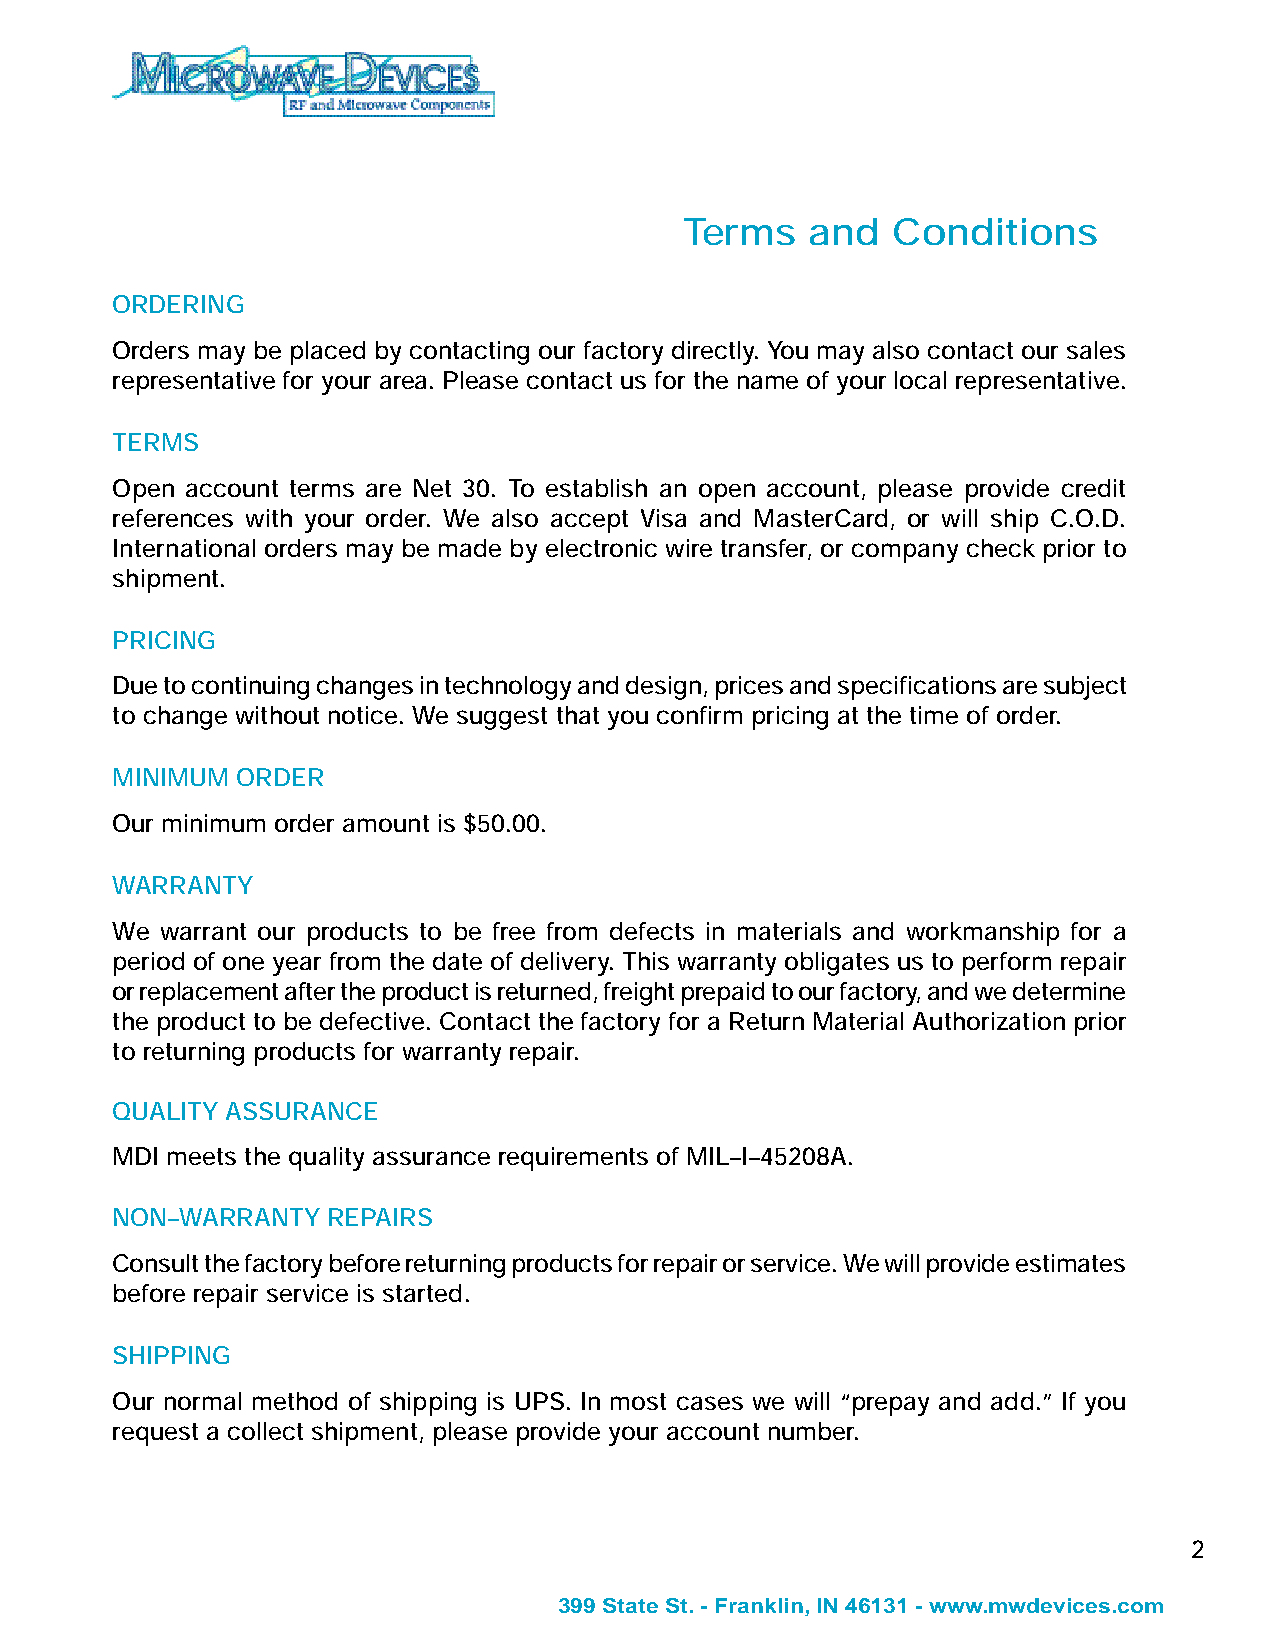
Terms    and  Conditions
 ORDERING
 Orders may be placed by contacting our factory directly. You may also contact our sales
 representative for your area. Please contact us for the name of your local representative.
 TERMS
 Open account terms are Net 30. To establish an open account, please provide credit
 references with your order. We also accept Visa and MasterCard, or will ship C.O.D.
 International orders may be made by electronic wire transfer, or company check prior to
 shipment.
 PRICING
 Due to continuing changes in technology and design, prices and specifications are subject
 to change without notice. We suggest that you confirm pricing at the time of order.
 MINIMUM  ORDER
 Our minimum order amount is $50.00.
 WARRANTY
 We  warrant our products to be free from defects in materials and workmanship for a
 period of one year from the date of delivery. This warranty obligates us to perform repair
 or replacement after the product is returned, freight prepaid to our factory, and we determine
 the product to be defective. Contact the factory for a Return Material Authorization prior
 to returning products for warranty repair.
 QUALITY ASSURANCE
 MDI meets the quality assurance requirements of MIL–I–45208A.
 NON–WARRANTY   REPAIRS
 Consult the factory before returning products for repair or service. We will provide estimates
 before repair service is started.
 SHIPPING
 Our normal method of shipping is UPS. In most cases we will “prepay and add.” If you
 request a collect shipment, please provide your account number.
 2
 399 State St. - Franklin, IN 46131 - www.mwdevices.com